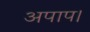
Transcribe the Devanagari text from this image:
अपाप।